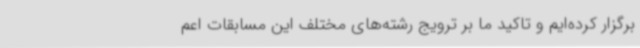
برگزار کرده‌ایم و تاکید ما بر ترویج رشته‌های مختلف این مسابقات اعم